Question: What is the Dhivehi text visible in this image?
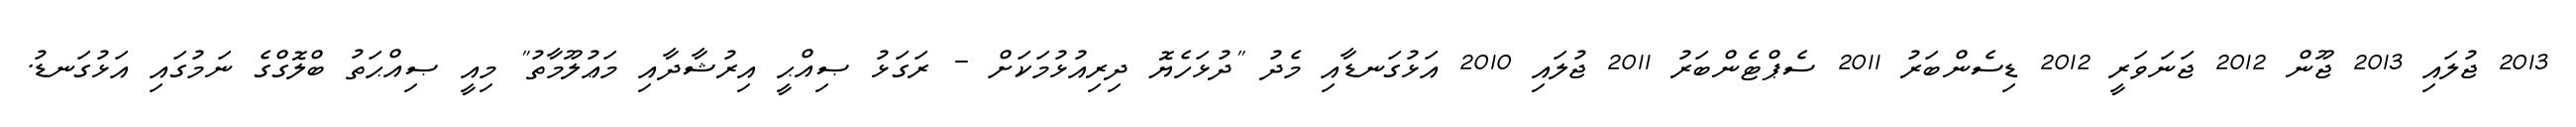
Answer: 2013 ޖުލައި 2013 ޖޫން 2012 ޖަނަވަރީ 2012 ޑިސެންބަރު 2011 ސެޕްޓެންބަރު 2011 ޖުލައި 2010 އަޅުގަނޑާއި މެދު "ދުޅަހެޔޮ ދިރިއުޅުމަކަށް - ރަގަޅު ޞިއްޙީ އިރުޝާދާއި މަޢުލޫމާތު" މިއީ ޞިއްޙަތު ބްލޮގްގެ ނަމުގައި އަޅުގަނޑު.